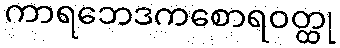
ကာရဘေဒကစောရဝတ္ထု